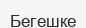
Бегешке